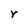
Character: r